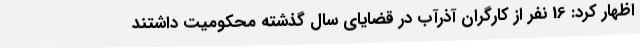
اظهار کرد: 16 نفر از کارگران آذرآب در قضایای سال گذشته محکومیت داشتند